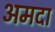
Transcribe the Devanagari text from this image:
अमदा